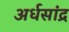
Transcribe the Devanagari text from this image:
अर्धसांद्र